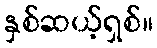
နှစ်ဆယ့်ရှစ်။